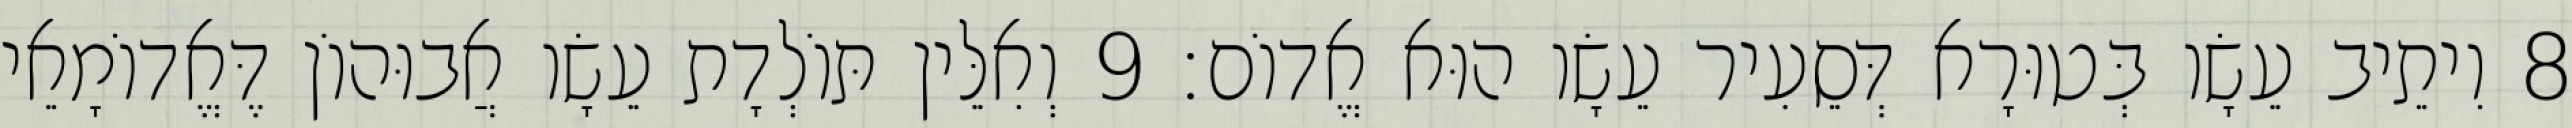
8 וִיתֵיב עֵשָׂו בְּטוּרָא דְּסֵעִיר עֵשָׂו הוּא אֱדוֹם׃ 9 וְאִלֵּין תּוֹלְדָת עֵשָׂו אֲבוּהוֹן דֶּאֱדוֹמָאֵי